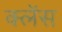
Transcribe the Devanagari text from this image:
क्लेंस